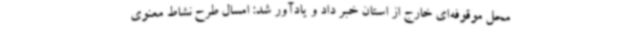
محل موقوفه‌ای خارج از استان خبر داد و یادآور شد: امسال طرح نشاط معنوی